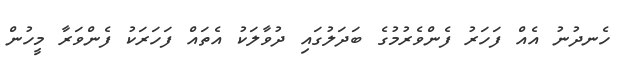
ހެނދުނު އެއް ފަހަރު ފެންވެރުމުގެ ބަދަލުގައި ދުވާލަކު އެތައް ފަހަރަކު ފެންވަރާ މީހުން